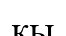
кы